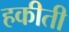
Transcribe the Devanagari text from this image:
हकीती